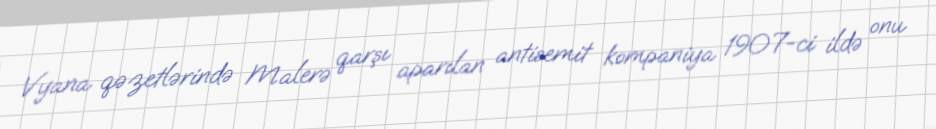
Vyana qəzetlərində Malerə qarşı aparılan antisemit kompaniya 1907-ci ildə onu